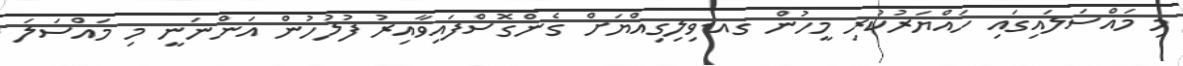
މި މައްސަލައިގައި ހައްޔަރުކުރި މީހުން ގއ.ވިލިގިއްޔަށް ގެންގޮސްފައިވާއިރު ފުލުހުން އަންނަނީ މި މައްސަލަ